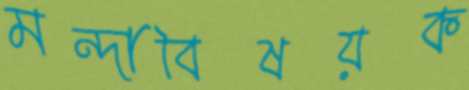
মন্দাবিষয়ক